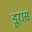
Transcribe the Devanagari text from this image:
डूरांस